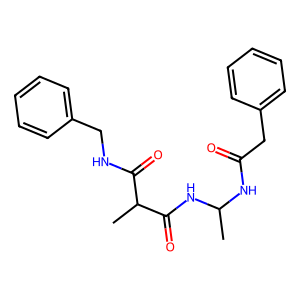
SMILES: CC(NC(=O)Cc1ccccc1)NC(=O)C(C)C(=O)NCc1ccccc1
Inhibits HIV replication: No